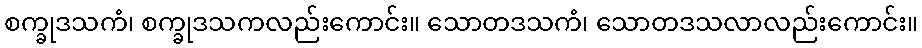
စက္ခုဒသကံ၊ စက္ခုဒသကလည်းကောင်း။ သောတဒသကံ၊ သောတဒသလာလည်းကောင်း။